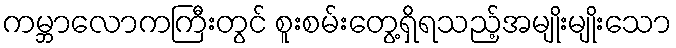
ကမ္ဘာလောကကြီးတွင် စူးစမ်းတွေ့ရှိရသည့်အမျိုးမျိုးသော